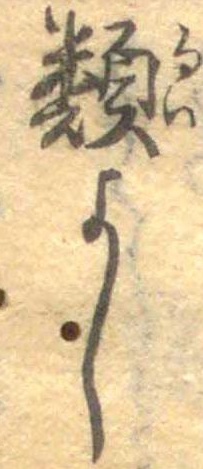
類よし